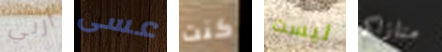
أربي عسى كنت ليست منازلكم